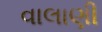
વાલાણી